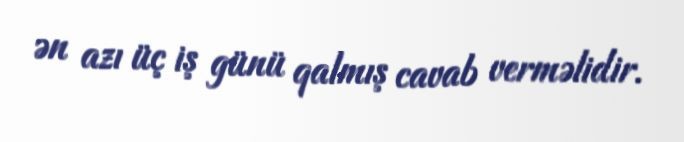
ən azı üç iş günü qalmış cavab verməlidir.